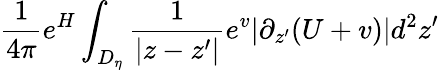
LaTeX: \frac{1}{4\pi}e^{H}\int_{D_{\eta}}\frac{1}{|z-z^{\prime}|}e^{v}|\partial_{z^{\prime}}(U+v)|d^{2}z^{\prime}